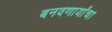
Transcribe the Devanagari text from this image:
बनवणार्यांचा